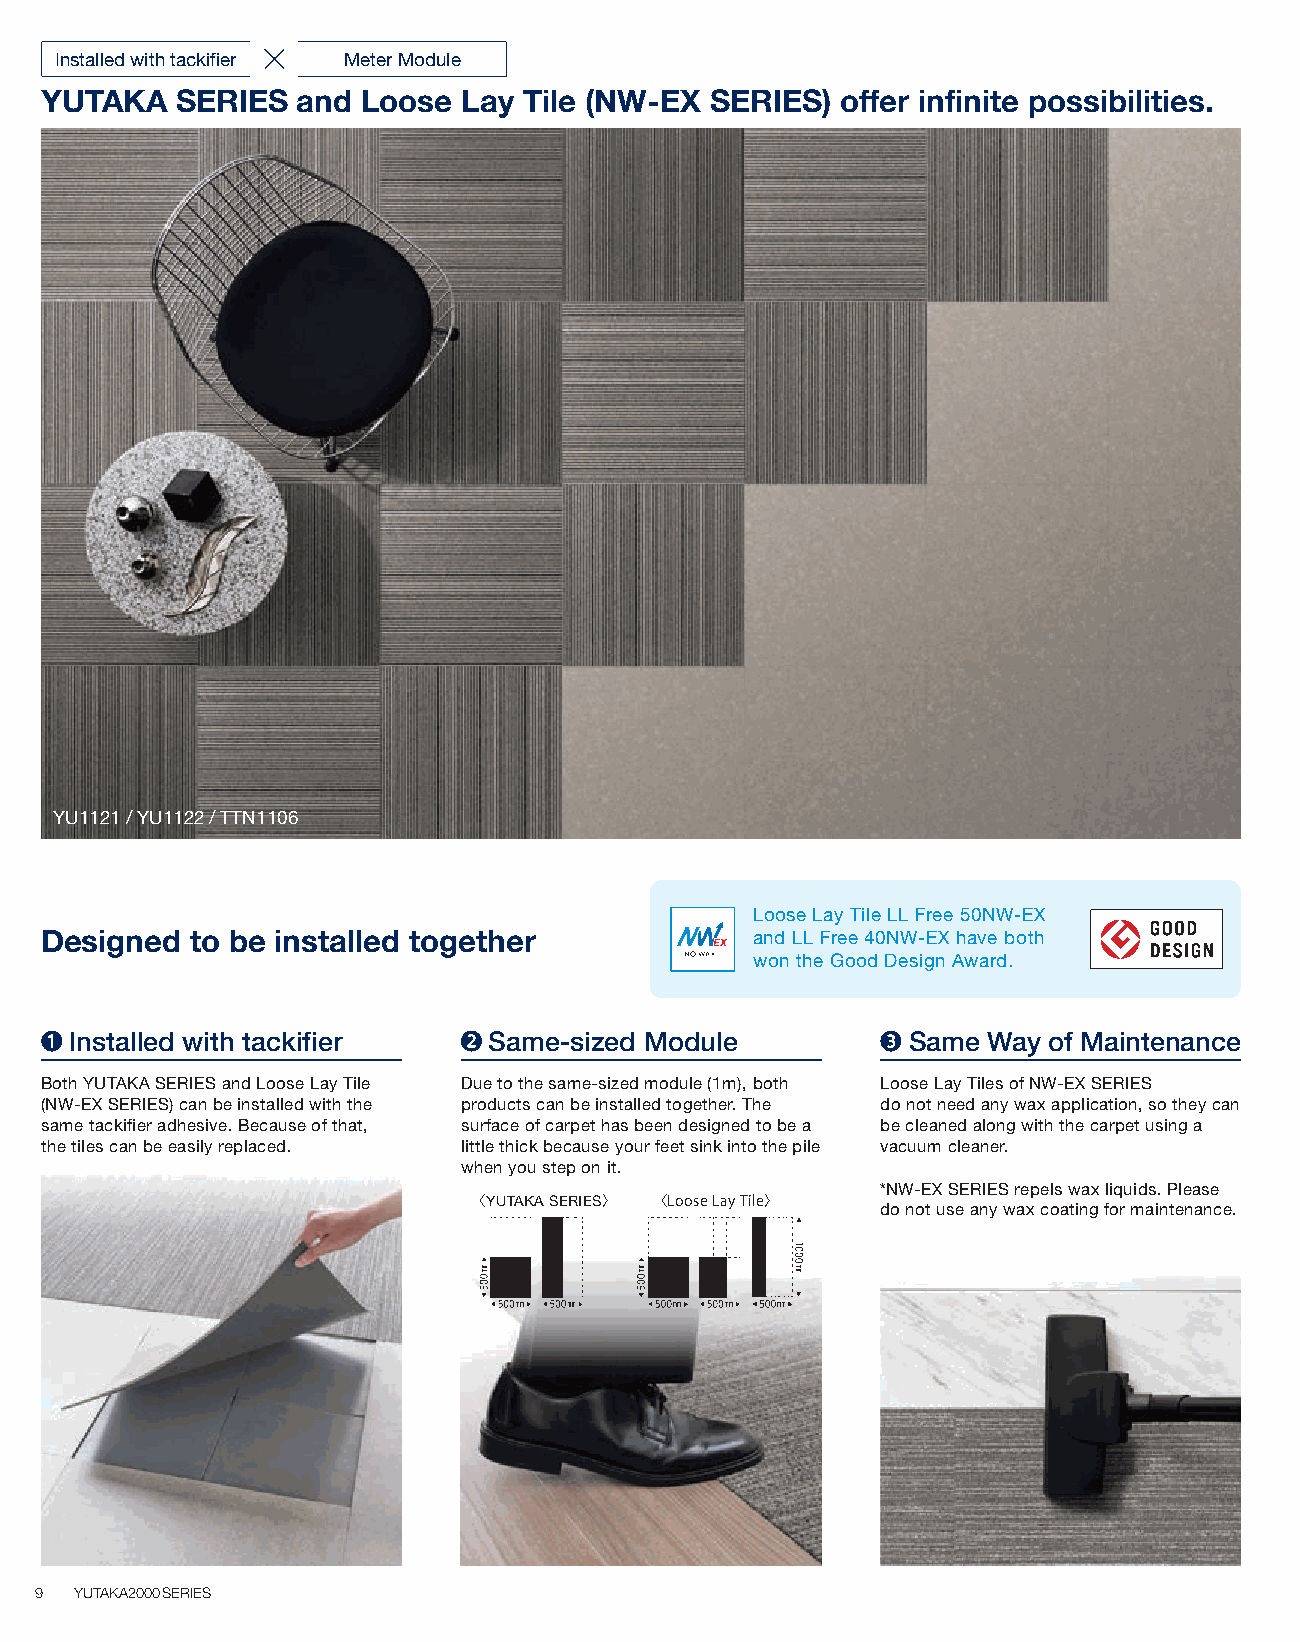
Installed with tackifier Meter Module
 YUTAKA   SERIES  and Loose  Lay Tile (NW-EX SERIES)  offer infinite possibilities.
 YYUU51210231V / /Y TUT1N132221 /2 TTN1106
 Loose Lay Tile LL Free 50NW-EX
 Designed  to be installed together             and LL Free 40NW-EX have both
 won the Good Design Award.
 Installed with tackifier   Same-sized Module           Same Way of Maintenance
 Both YUTAKA SERIES and Loose Lay Tile Due to the same-sized module (1m), both Loose Lay Tiles of NW-EX SERIES
 (NW-EX SERIES) can be installed with the products can be installed together. The do not need any wax application, so they can
 same tackifier adhesive. Because of that, surface of carpet has been designed to be a be cleaned along with the carpet using a
 the tiles can be easily replaced. little thick because your feet sink into the pile vacuum cleaner.
 when you step on it.
 *NW-EX SERIES repels wax liquids. Please
 〈YUTAKA SERIES〉 〈Loose Lay Tile〉
 do not use any wax coating for maintenance.
 9  YUTAKA2000SERIES